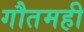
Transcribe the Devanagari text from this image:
गौतमही